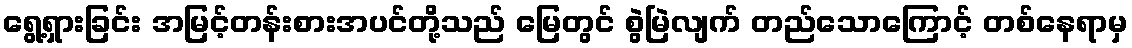
ရွေ့ရှားခြင်း အမြင့်တန်းစားအပင်တို့သည် မြေတွင် စွဲမြဲလျက် တည်သောကြောင့် တစ်နေရာမှ